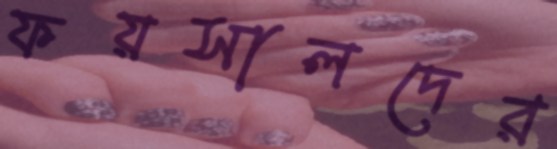
ফয়সালদের